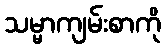
သမ္မာကျမ်းစာကို